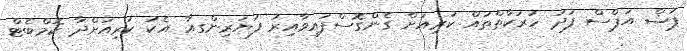
ޕުޝް އަޕްސް ފަދަ ހަރަކާތްތައް ކުރިއަށް ގެންގޮސްފައިވާއިރު ފަޔަރިންގއާ އެކު ކުރިއަށްދާ ކޮމްބެޓް